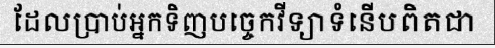
ដែលប្រាប់អ្នកទិញបច្ចេកវីទ្យាទំនើបពិតជា